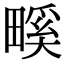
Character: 𤲺